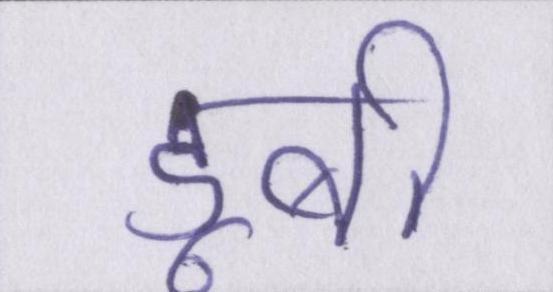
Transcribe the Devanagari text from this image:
डूबी